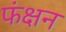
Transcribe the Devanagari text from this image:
फंक्षन